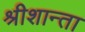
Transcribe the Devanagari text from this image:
श्रीशान्ता